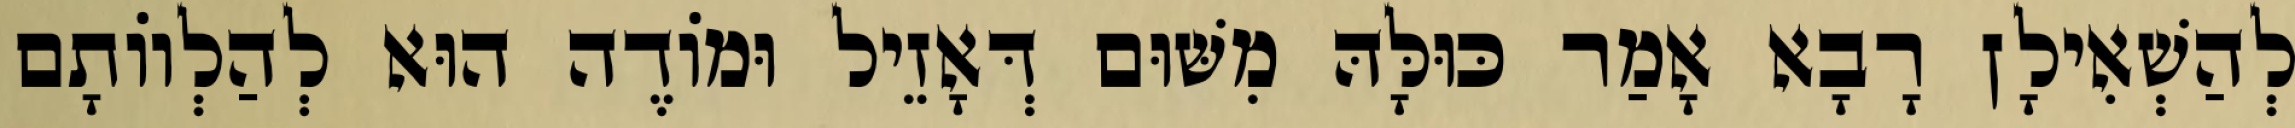
לְהַשְׁאִילָן רָבָא אָמַר כּוּלָּהּ מִשּׁוּם דְּאָזֵיל וּמוֹדֶה הוּא לְהַלְווֹתָם